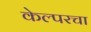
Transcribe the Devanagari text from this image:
केल्परचा